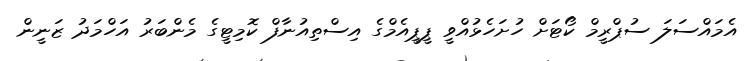
އެމައްސަލަ ސުޕްރީމް ކޯޓަށް ހުށަހެޅުއްވީ ޕީޕީއެމްގެ އިސްތިއުނާފް ކޮމިޓީގެ މެންބަރު އަހްމަދު ޒަނީން